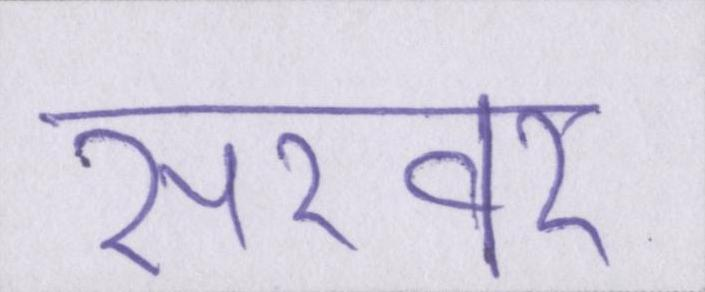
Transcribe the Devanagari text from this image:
सरवर